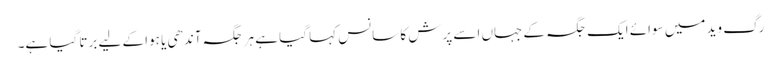
رگ وید میں سوائے ایک جگہ کے جہاں اسے پرش کا سانس کہا گیا ہے ہر جگہ آندھی یا ہوا کے لیے برتا گیا ہے۔